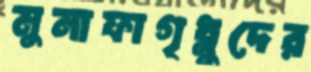
মুনাফাগৃধ্নুদের